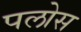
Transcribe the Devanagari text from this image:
पलोस